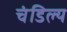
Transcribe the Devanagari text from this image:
चंडिल्य